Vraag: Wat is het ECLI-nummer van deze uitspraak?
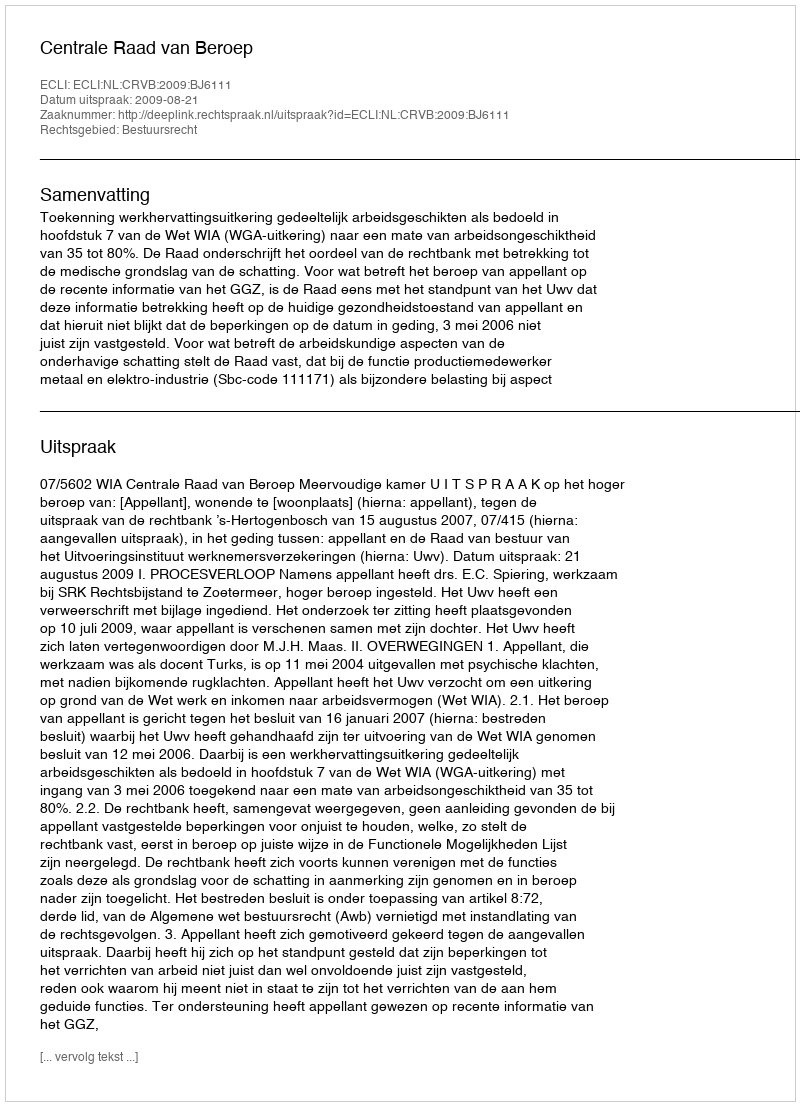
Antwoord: ECLI:NL:CRVB:2009:BJ6111